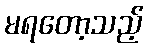
မရတော့သည့်